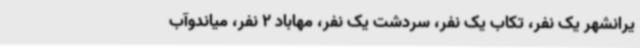
یرانشهر یک نفر، تکاب یک نفر، سردشت یک نفر، مهاباد 2 نفر، میاندوآب